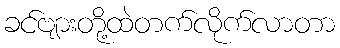
ခင်ဗျားတို့ထဲတက်လိုက်လာတာ